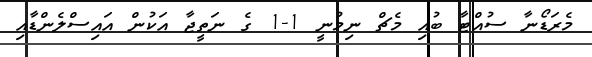
މެރަޑޯނާ ސުއްޓާ ބުއި މެޗް ނިމުނީ 1-1 ގެ ނަތީޖާ އަކުން އައިސްލެންޑާއި